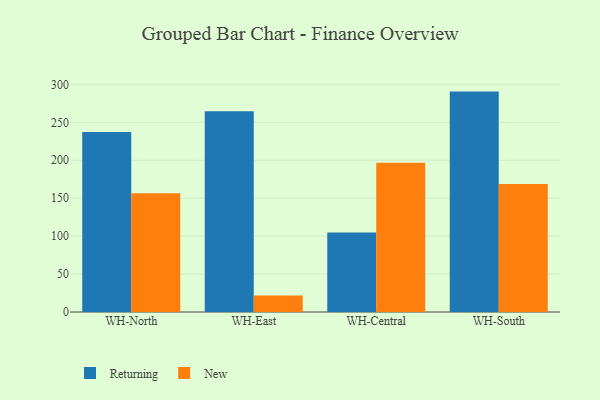
{"axis": {"x": "Warehouse", "y": "Shipments"}, "legend": ["New", "Returning"], "data": [{"x": "WH-North", "y": 237.1, "type": "Returning"}, {"x": "WH-North", "y": 156.6, "type": "New"}, {"x": "WH-East", "y": 264.5, "type": "Returning"}, {"x": "WH-East", "y": 21.8, "type": "New"}, {"x": "WH-Central", "y": 104.9, "type": "Returning"}, {"x": "WH-Central", "y": 196.7, "type": "New"}, {"x": "WH-South", "y": 290.5, "type": "Returning"}, {"x": "WH-South", "y": 168.6, "type": "New"}]}